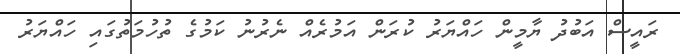
ރައީސް އަބުދު ޔާމީން ހައްޔަރު ކުރަން އަމުރެއް ނެރުނު ކަމުގެ ތުހުމަތުގައި ހައްޔަރު